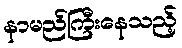
နာမည်ကြီးနေသည့်